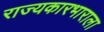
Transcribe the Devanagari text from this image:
राज्यकारभाराला